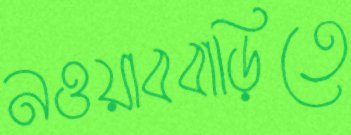
নওয়াববাড়িতে